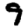
Digit: 9